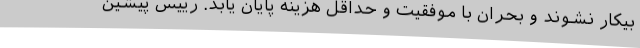
بیکار نشوند و بحران با موفقیت و حداقل هزینه پایان یابد. رییس پیشین